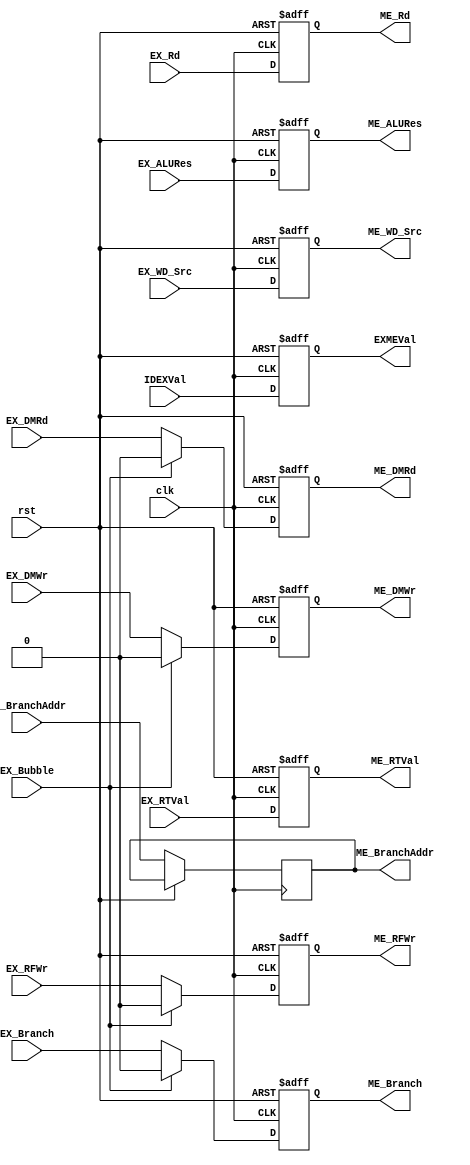
module EXME(clk, rst, EXMEVal, IDEXVal, EX_Bubble,
 EX_BranchAddr, EX_Branch, EX_DMWr, EX_DMRd, EX_RFWr, EX_WD_Src, EX_ALURes, EX_Rd, EX_RTVal,
 ME_BranchAddr, ME_Branch, ME_DMWr, ME_DMRd, ME_RFWr, ME_WD_Src, ME_ALURes, ME_Rd, ME_RTVal
);
  input clk, rst;
  input [63:0] IDEXVal;
  input EX_DMWr, EX_DMRd, EX_RFWr, EX_WD_Src, EX_Bubble, EX_Branch;
  input [31:0] EX_ALURes, EX_RTVal, EX_BranchAddr;
  input [4:0] EX_Rd;
  //
  output reg [63:0] EXMEVal;
  output reg ME_DMWr, ME_DMRd, ME_RFWr, ME_WD_Src, ME_Branch;
  output reg [31:0] ME_ALURes, ME_RTVal, ME_BranchAddr;
  output reg [4:0] ME_Rd;
  always @(posedge clk, posedge rst)
  begin
    if (rst)
      begin
        EXMEVal <= 0;
        ME_DMWr <= 0;
        ME_DMRd <= 0;
        ME_RFWr <= 0;
        ME_Rd   <= 0;
        ME_RTVal <= 0;
        ME_WD_Src <= 0;
        ME_ALURes <= 0;
        ME_Branch <= 0;
      end
    else
      begin
        EXMEVal <= IDEXVal[63:0];
        if (EX_Bubble) begin
          ME_DMWr <= 0;
          ME_DMRd <= 0;
          ME_RFWr <= 0;
          ME_Branch <= 0;
        end else begin
          ME_DMWr <= EX_DMWr;
          ME_DMRd <= EX_DMRd;
          ME_RFWr <= EX_RFWr;
          ME_Branch <= EX_Branch;
        end
        ME_Rd   <= EX_Rd;
        ME_RTVal <= EX_RTVal;
        ME_WD_Src <= EX_WD_Src;
        ME_ALURes <= EX_ALURes;
        ME_BranchAddr <= EX_BranchAddr;
      end
  end
endmodule